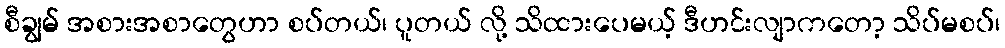
စီချွမ် အစားအစာတွေဟာ စပ်တယ်၊ ပူတယ် လို့ သိထားပေမယ့် ဒီဟင်းလျာကတော့ သိပ်မစပ်၊